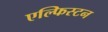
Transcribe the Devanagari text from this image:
एल्फिस्टन